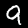
Label: 9